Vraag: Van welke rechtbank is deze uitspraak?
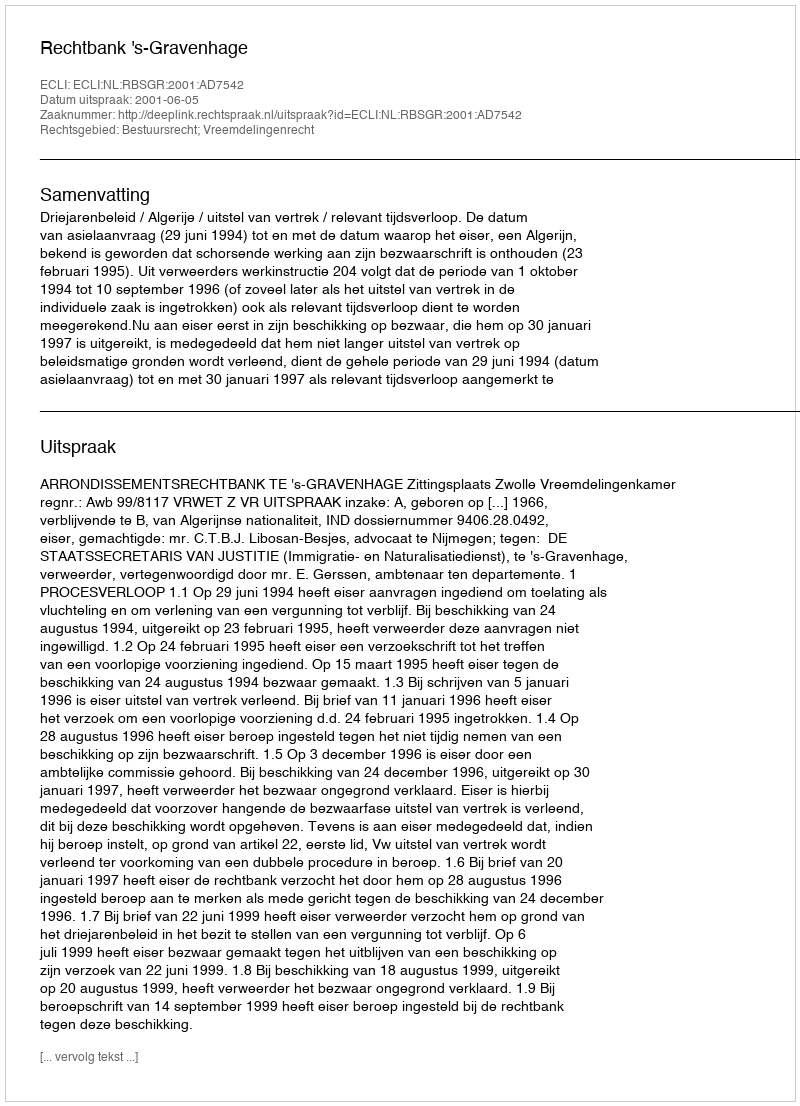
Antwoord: Rechtbank 's-Gravenhage